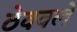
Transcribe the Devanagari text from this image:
ठेववले